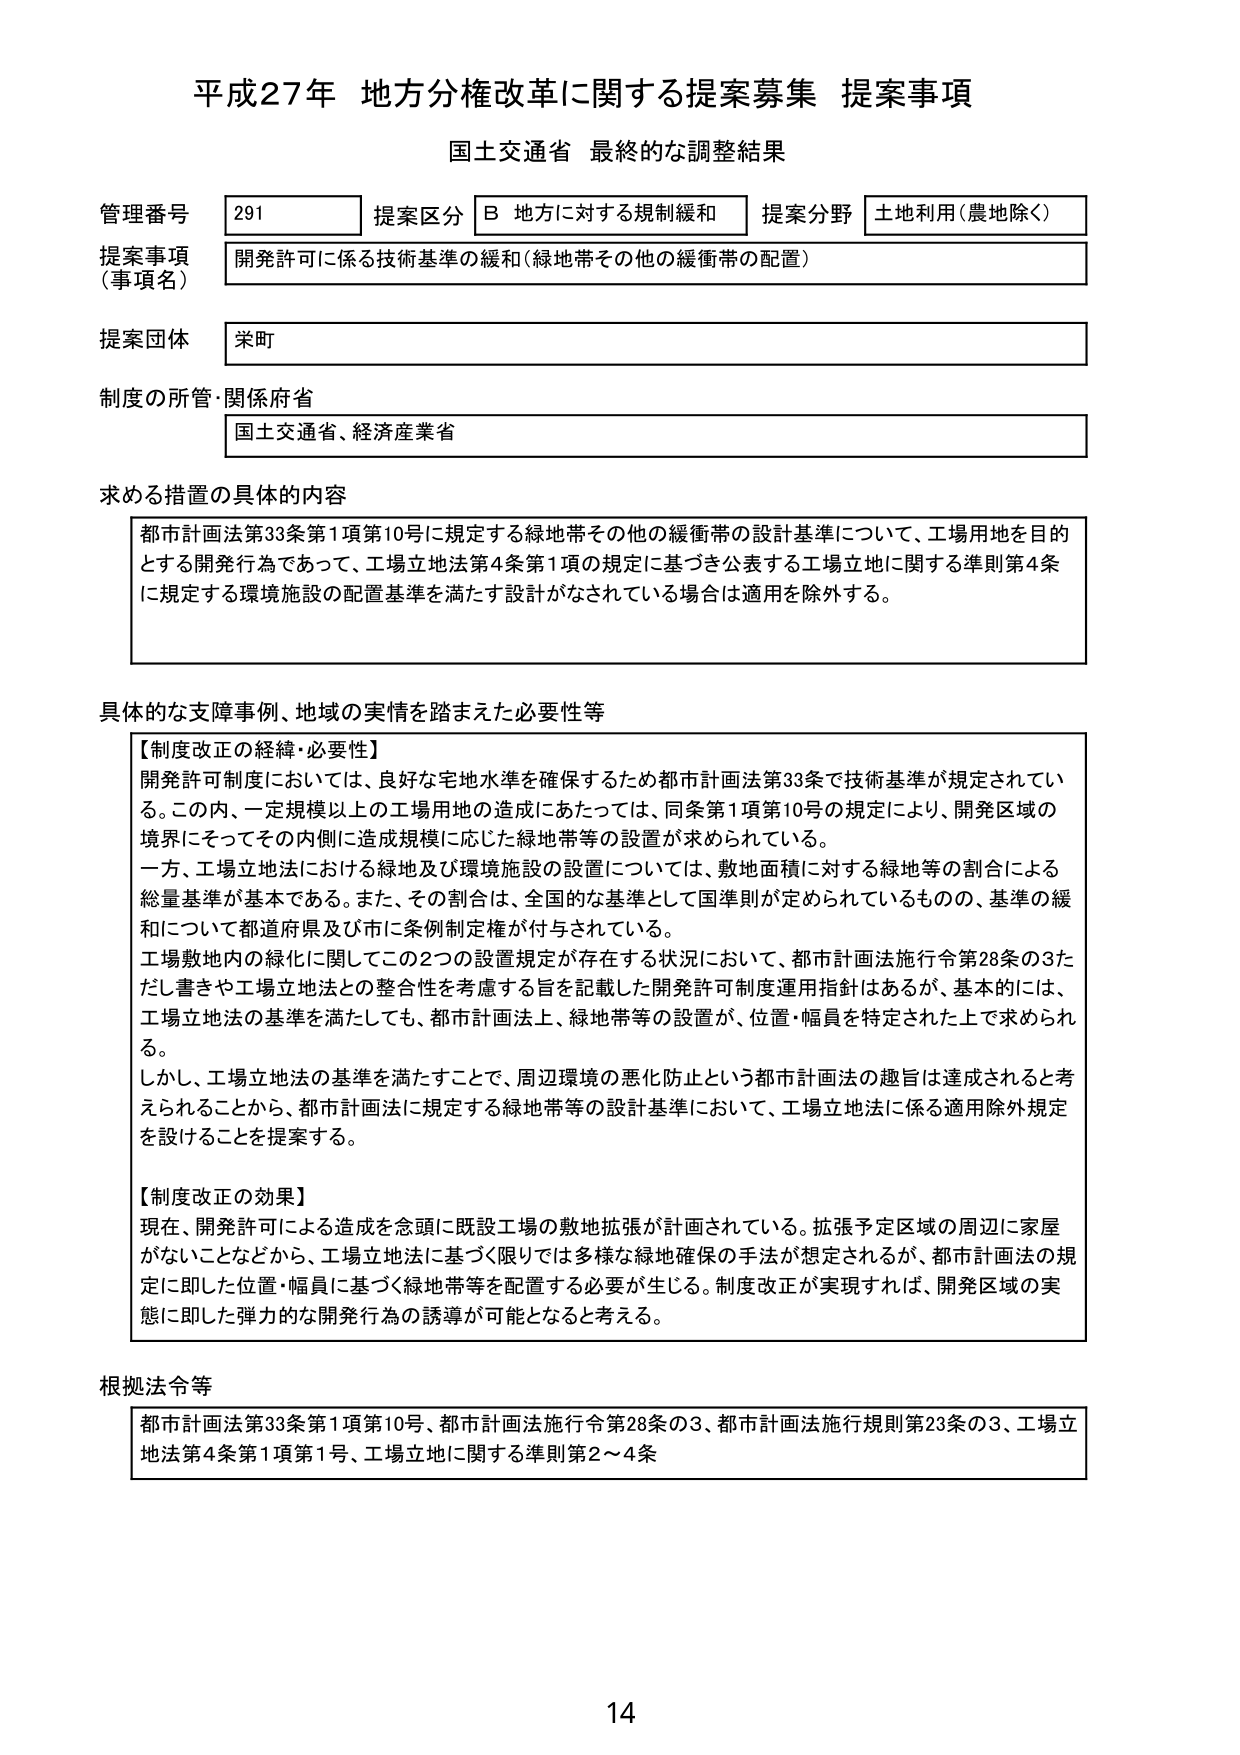
平成27年 地方分権改革に関する提案募集 提案事項
国土交通省 最終的な調整結果

管理番号 291 提案区分 B 地方に対する規制緩和 提案分野 土地利用（農地除く）
提案事項（事項名） 開発許可に係る技術基準の緩和（緑地帯その他の緩衝帯の配置）
提案団体 栄町
制度の所管・関係府省 国土交通省、経済産業省

求める措置の具体的内容
都市計画法第33条第1項第10号に規定する緑地帯その他の緩衝帯の設計基準について、工場用地を目的とする開発行為であって、工場立地法第4条第1項の規定に基づき公表する工場立地に関する準則第4条に規定する環境施設の配置基準を満たす設計がなされている場合は適用を除外する。

具体的な支障事例、地域の実情を踏まえた必要性等
【制度改正の経緯・必要性】
開発許可制度においては、良好な宅地水準を確保するため都市計画法第33条で技術基準が規定されている。この内、一定規模以上の工場用地の造成にあたっては、同条第1項第10号の規定により、開発区域の境界にそってその内側に造成規模に応じた緑地帯等の設置が求められている。
一方、工場立地法における緑地及び環境施設の設置については、敷地面積に対する緑地等の割合による総量基準が基本である。また、その割合は、全国的な基準として国準則が定められているものの、基準の緩和について都道府県及び市に条例制定権が付与されている。
工場敷地内の緑化に関してこの2つの設置規定が存在する状況において、都市計画法施行令第28条の3ただし書きや工場立地法との整合性を考慮する旨を記載した開発許可制度運用指針はあるが、基本的には、工場立地法の基準を満たしても、都市計画法上、緑地帯等の設置が、位置・幅員を特定された上で求められる。
しかし、工場立地法の基準を満たすことで、周辺環境の悪化防止という都市計画法の趣旨は達成されると考えられることから、都市計画法に規定する緑地帯等の設計基準において、工場立地法に係る適用除外規定を設けることを提案する。

【制度改正の効果】
現在、開発許可による造成を念頭に既設工場の敷地拡張が計画されている。拡張予定区域の周辺に家屋がないことなどから、工場立地法に基づく限りでは多様な緑地確保の手法が想定されるが、都市計画法の規定に即した位置・幅員に基づく緑地帯等を配置する必要が生じる。制度改正が実現すれば、開発区域の実態に即した弾力的な開発行為の誘導が可能となると考える。

根拠法令等
都市計画法第33条第1項第10号、都市計画法施行令第28条の3、都市計画法施行規則第23条の3、工場立地法第4条第1項第1号、工場立地に関する準則第2～4条

14